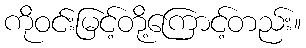
ကိုဝင်းမြင့်တို့ကြောင့်တည်း။